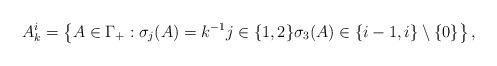
LaTeX: \begin{align*}A_{k}^{i}=\left\{A\in \Gamma_{+}: \sigma_j(A)=k^{-1} j\in\{1,2\}\sigma_3(A)\in\{i-1,i\}\setminus\{0\}\right\},\end{align*}